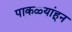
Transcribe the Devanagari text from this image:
पाकळ्यांहून